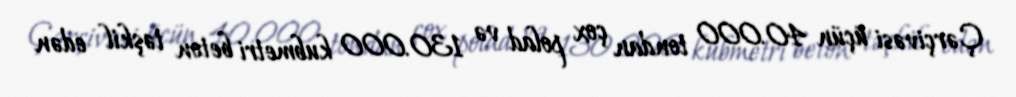
Çərçivəsi üçün 40.000 tondan çox polad və 130.000 kubmetri beton təşkil edən